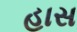
હાસ